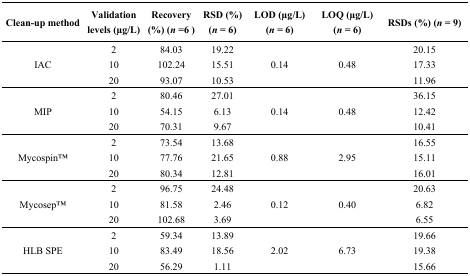
<table><thead><tr><td><b>Clean-up method</b></td><td><b>Validation levels (μg/L)</b></td><td><b>Recovery (%) (<i>n</i> =6 )</b></td><td><b>RSD (%) (<i>n</i> = 6)</b></td><td><b>LOD (μg/L) (<i>n</i> = 6)</b></td><td><b>LOQ (μg/L) (<i>n</i> = 6)</b></td><td><b>RSDs (%) (<i>n</i> = 9)</b></td></tr></thead><tbody><tr><td rowspan="3">IAC</td><td>2</td><td>84.03</td><td>19.22</td><td rowspan="3">0.14</td><td rowspan="3">0.48</td><td>20.15</td></tr><tr><td>10</td><td>102.24</td><td>15.51</td><td>17.33</td></tr><tr><td>20</td><td>93.07</td><td>10.53</td><td>11.96</td></tr><tr><td rowspan="3">MIP</td><td>2</td><td>80.46</td><td>27.01</td><td rowspan="3">0.14</td><td rowspan="3">0.48</td><td>36.15</td></tr><tr><td>10</td><td>54.15</td><td>6.13</td><td>12.42</td></tr><tr><td>20</td><td>70.31</td><td>9.67</td><td>10.41</td></tr><tr><td rowspan="3">MycospinTM</td><td>2</td><td>73.54</td><td>13.68</td><td rowspan="3">0.88</td><td rowspan="3">2.95</td><td>16.55</td></tr><tr><td>10</td><td>77.76</td><td>21.65</td><td>15.11</td></tr><tr><td>20</td><td>80.34</td><td>12.81</td><td>16.01</td></tr><tr><td rowspan="3">MycosepTM</td><td>2</td><td>96.75</td><td>24.48</td><td rowspan="3">0.12</td><td rowspan="3">0.40</td><td>20.63</td></tr><tr><td>10</td><td>81.58</td><td>2.46</td><td>6.82</td></tr><tr><td>20</td><td>102.68</td><td>3.69</td><td>6.55</td></tr><tr><td rowspan="3">HLB SPE </td><td>2</td><td>59.34</td><td>13.89</td><td rowspan="3">2.02</td><td rowspan="3">6.73</td><td>19.66</td></tr><tr><td>10</td><td>83.49</td><td>18.56</td><td>19.38</td></tr><tr><td>20</td><td>56.29</td><td>1.11</td><td>15.66</td></tr></tbody></table>